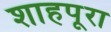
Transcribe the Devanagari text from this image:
शाहपूरा